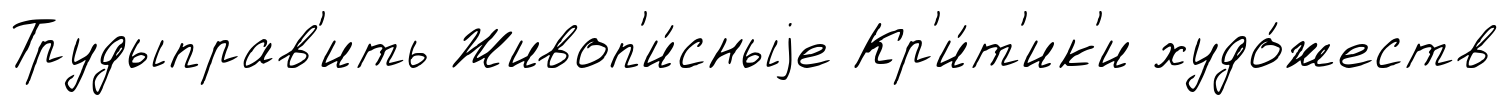
Трудыправ'ить Живоп'и́сныjе Кр'и́т'ик'и худо́жеств